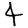
Digit: 4